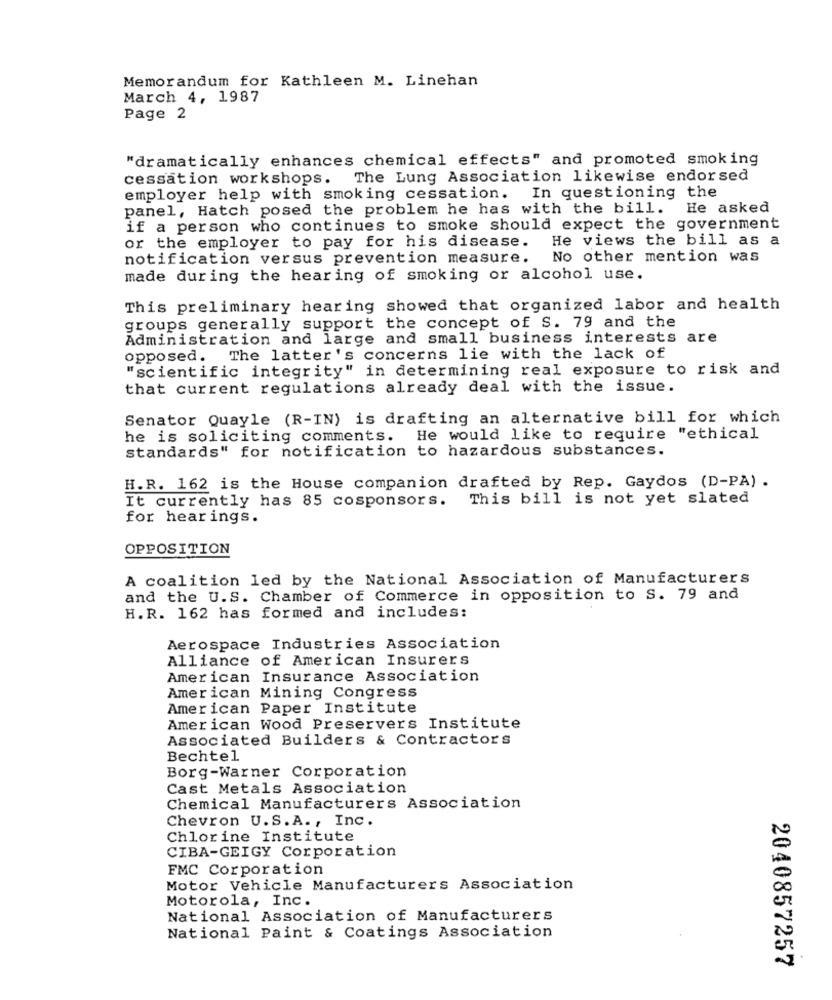
Memorandum for Kathleen M. Linehan
March 4, 1987
Page 2
"dramatically enhances chemical effects" and promoted smoking
cessation workshops.
The Lung Association likewise endorsed
employer help with smoking cessation.
In questioning the
panel, Hatch posed the problem he has with the bill.
He asked
if a person who continues to smoke should expect the government
or the employer to pay for his disease.
He views the bill as a
notification versus prevention measure.
No other mention was
made during the hearing of smoking or alcohol use.
This preliminary hearing showed that organized labor and health
groups generally support the concept of S. 79 and the
Administration and large and small business interests are
opposed. The latter's concerns lie with the lack of
"scientific integrity" in determining real exposure to risk and
that current regulations already deal with the issue.
Senator Quayle (R-IN) is drafting an alternative bill for which
he is soliciting comments.
He would like to require "ethical
standards" for notification to hazardous substances.
H.R. 162 is the House companion drafted by Rep. Gaydos (D-PA) .
It currently has 85 cosponsors. This bill is not yet slated
for hearings.
OPPOSITION
A coalition led by the National Association of Manufacturers
and the U.S. Chamber of Commerce in opposition to S. 79 and
H.R. 162 has formed and includes:
Aerospace Industries Association
Alliance of American Insurers
American Insurance Association
American Mining Congress
American Paper Institute
American Wood Preservers Institute
Associated Builders & Contractors
Bechtel
Borg-Warner Corporation
Cast Metals Association
Chemical Manufacturers Association
Chevron U.S.A ., Inc.
Chlorine Institute
CIBA-GEIGY Corporation
FMC Corporation
Motor Vehicle Manufacturers Association
Motorola, Inc.
National Association of Manufacturers
National Paint & Coatings Association
2040857257